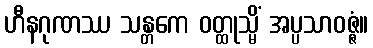
ဟီနဂုဏဿ သန္တကေ ဝတ္ထုသ္မိံ အပ္ပသာဝဇ္ဇံ။